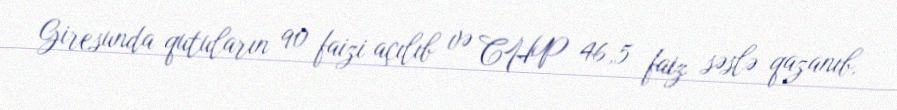
Giresunda qutuların 90 faizi açılıb və CHP 46,5 faiz səslə qazanıb.